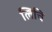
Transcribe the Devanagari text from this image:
लिचि